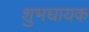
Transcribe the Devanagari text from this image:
शुभधायक